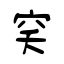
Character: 穾